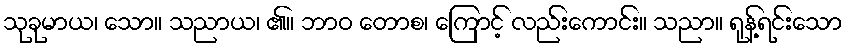
သုခုမာယ၊ သော။ သညာယ၊ ၏။ ဘာဝ တောစ၊ ကြောင့် လည်းကောင်း။ သညာ။ ရုန့်ရင်းသော